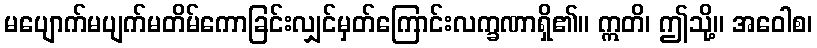
မပျောက်မပျက်မတိမ်ကောခြင်းလျှင်မှတ်ကြောင်းလက္ခဏာရှိ၏။ ဣတိ၊ ဤသို့။ အဝေါစ၊